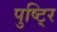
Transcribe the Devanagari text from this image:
पुष्टि्र